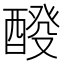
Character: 𨡩